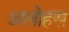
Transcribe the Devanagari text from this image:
अलोहस